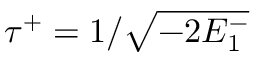
\tau ^ { + } = 1 / \sqrt { - 2 E _ { 1 } ^ { - } }